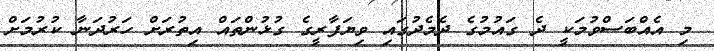
މި އެއްބަސްވުމަކީ ދެ ގައުމުގެ ދެމެދުގައި ވިޔަފާރީގެ ގުޅުންތައް އިތުރަށް ހަރުދަނާ ކުރުމަށް